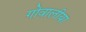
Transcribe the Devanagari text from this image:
गोवालीया